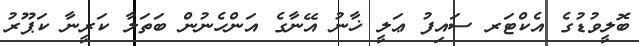
ބޮލީވުޑުގެ އެކްޓަރ ސައިފު ޢަލީ ޚާނު އޭނާގެ އަންހެނުން ބަތަލާ ކަރީނާ ކަޕޫރު